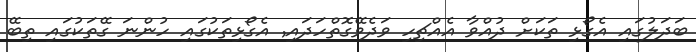
ބަދަލުގައި އެގޯޅި ތަކަށް ދުއްވާ އެއްޗިހި ވަދެވޭގޮތްހަދައި